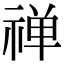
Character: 禅